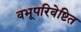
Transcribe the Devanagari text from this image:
वभूपरिवेष्टित